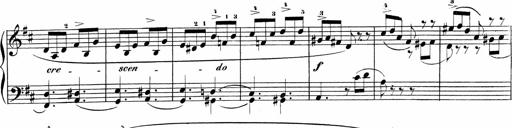
Title: Sonatinen Op.47, 98 und 136, nebst 6 Liedersonatinen
Composer: Carl Reinecke